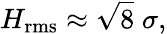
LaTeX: H_{\mathrm{rms}}\approx{\sqrt{8}}\; \sigma,